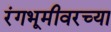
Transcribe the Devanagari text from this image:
रंगभूमीवरच्या